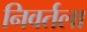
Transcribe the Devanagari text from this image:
निवर्तला